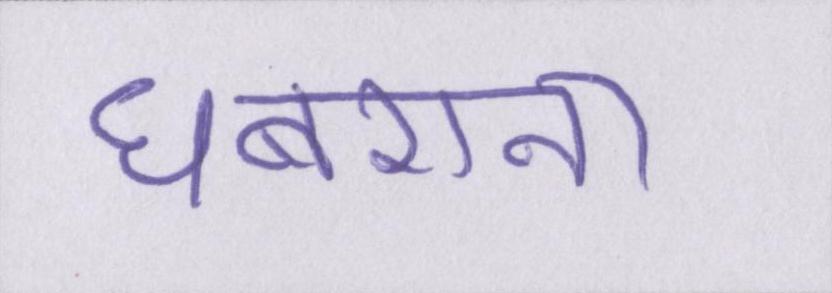
घबराना